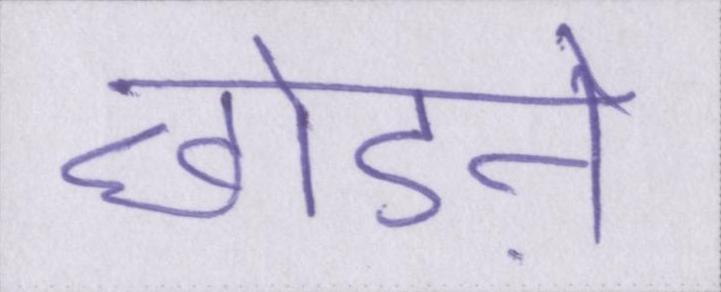
छोडऩे